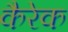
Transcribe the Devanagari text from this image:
कैरेक